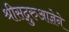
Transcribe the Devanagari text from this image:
श्रीसद्गुरुआज्ञेने